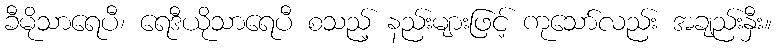
ခီမိုသာရေပီ၊ ရေဒီယိုသာရေပီ စသည့် နည်းများဖြင့် ကုသော်လည်း အချည်းနှီး။